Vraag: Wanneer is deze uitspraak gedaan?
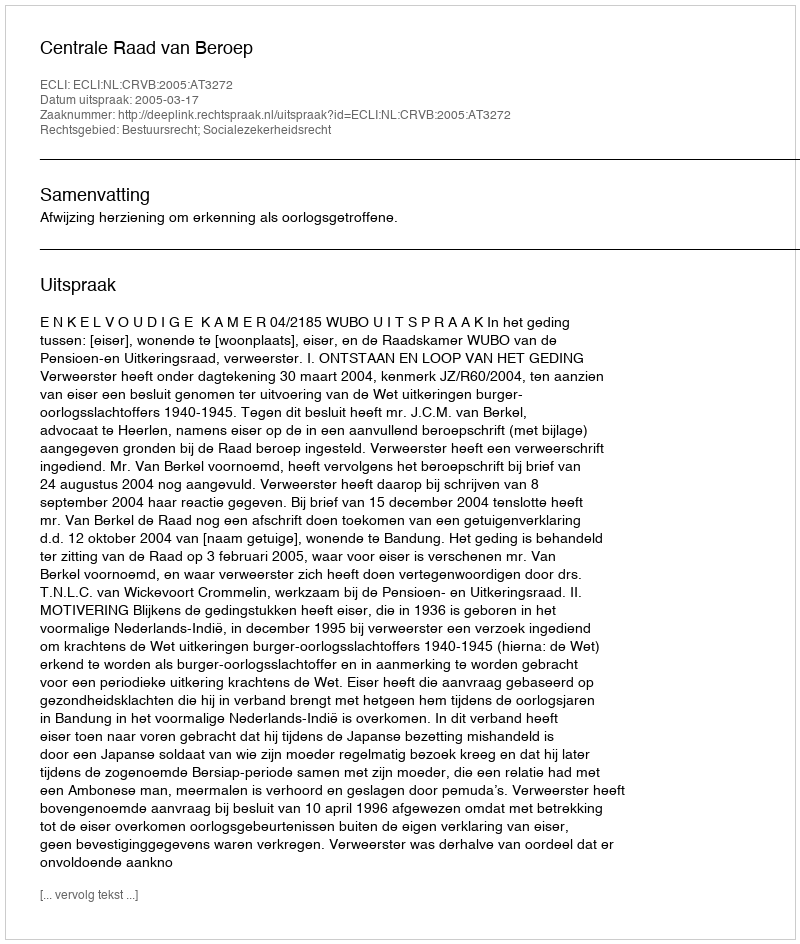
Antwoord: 2005-03-17